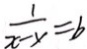
\frac { 1 } { x - y } = b